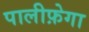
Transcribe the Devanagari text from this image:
पालीफ़ेगा